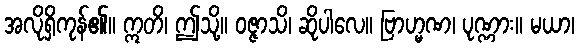
အလိုရှိကုန်၏။ ဣတိ၊ ဤသို့။ ဝဇ္ဇာသိ၊ ဆိုပါလေ။ ဗြာဟ္မဏ၊ ပုဏ္ဏား။ မယာ၊